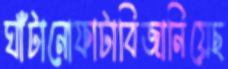
ঘাঁটানোফাটাবিজানিয়েছ